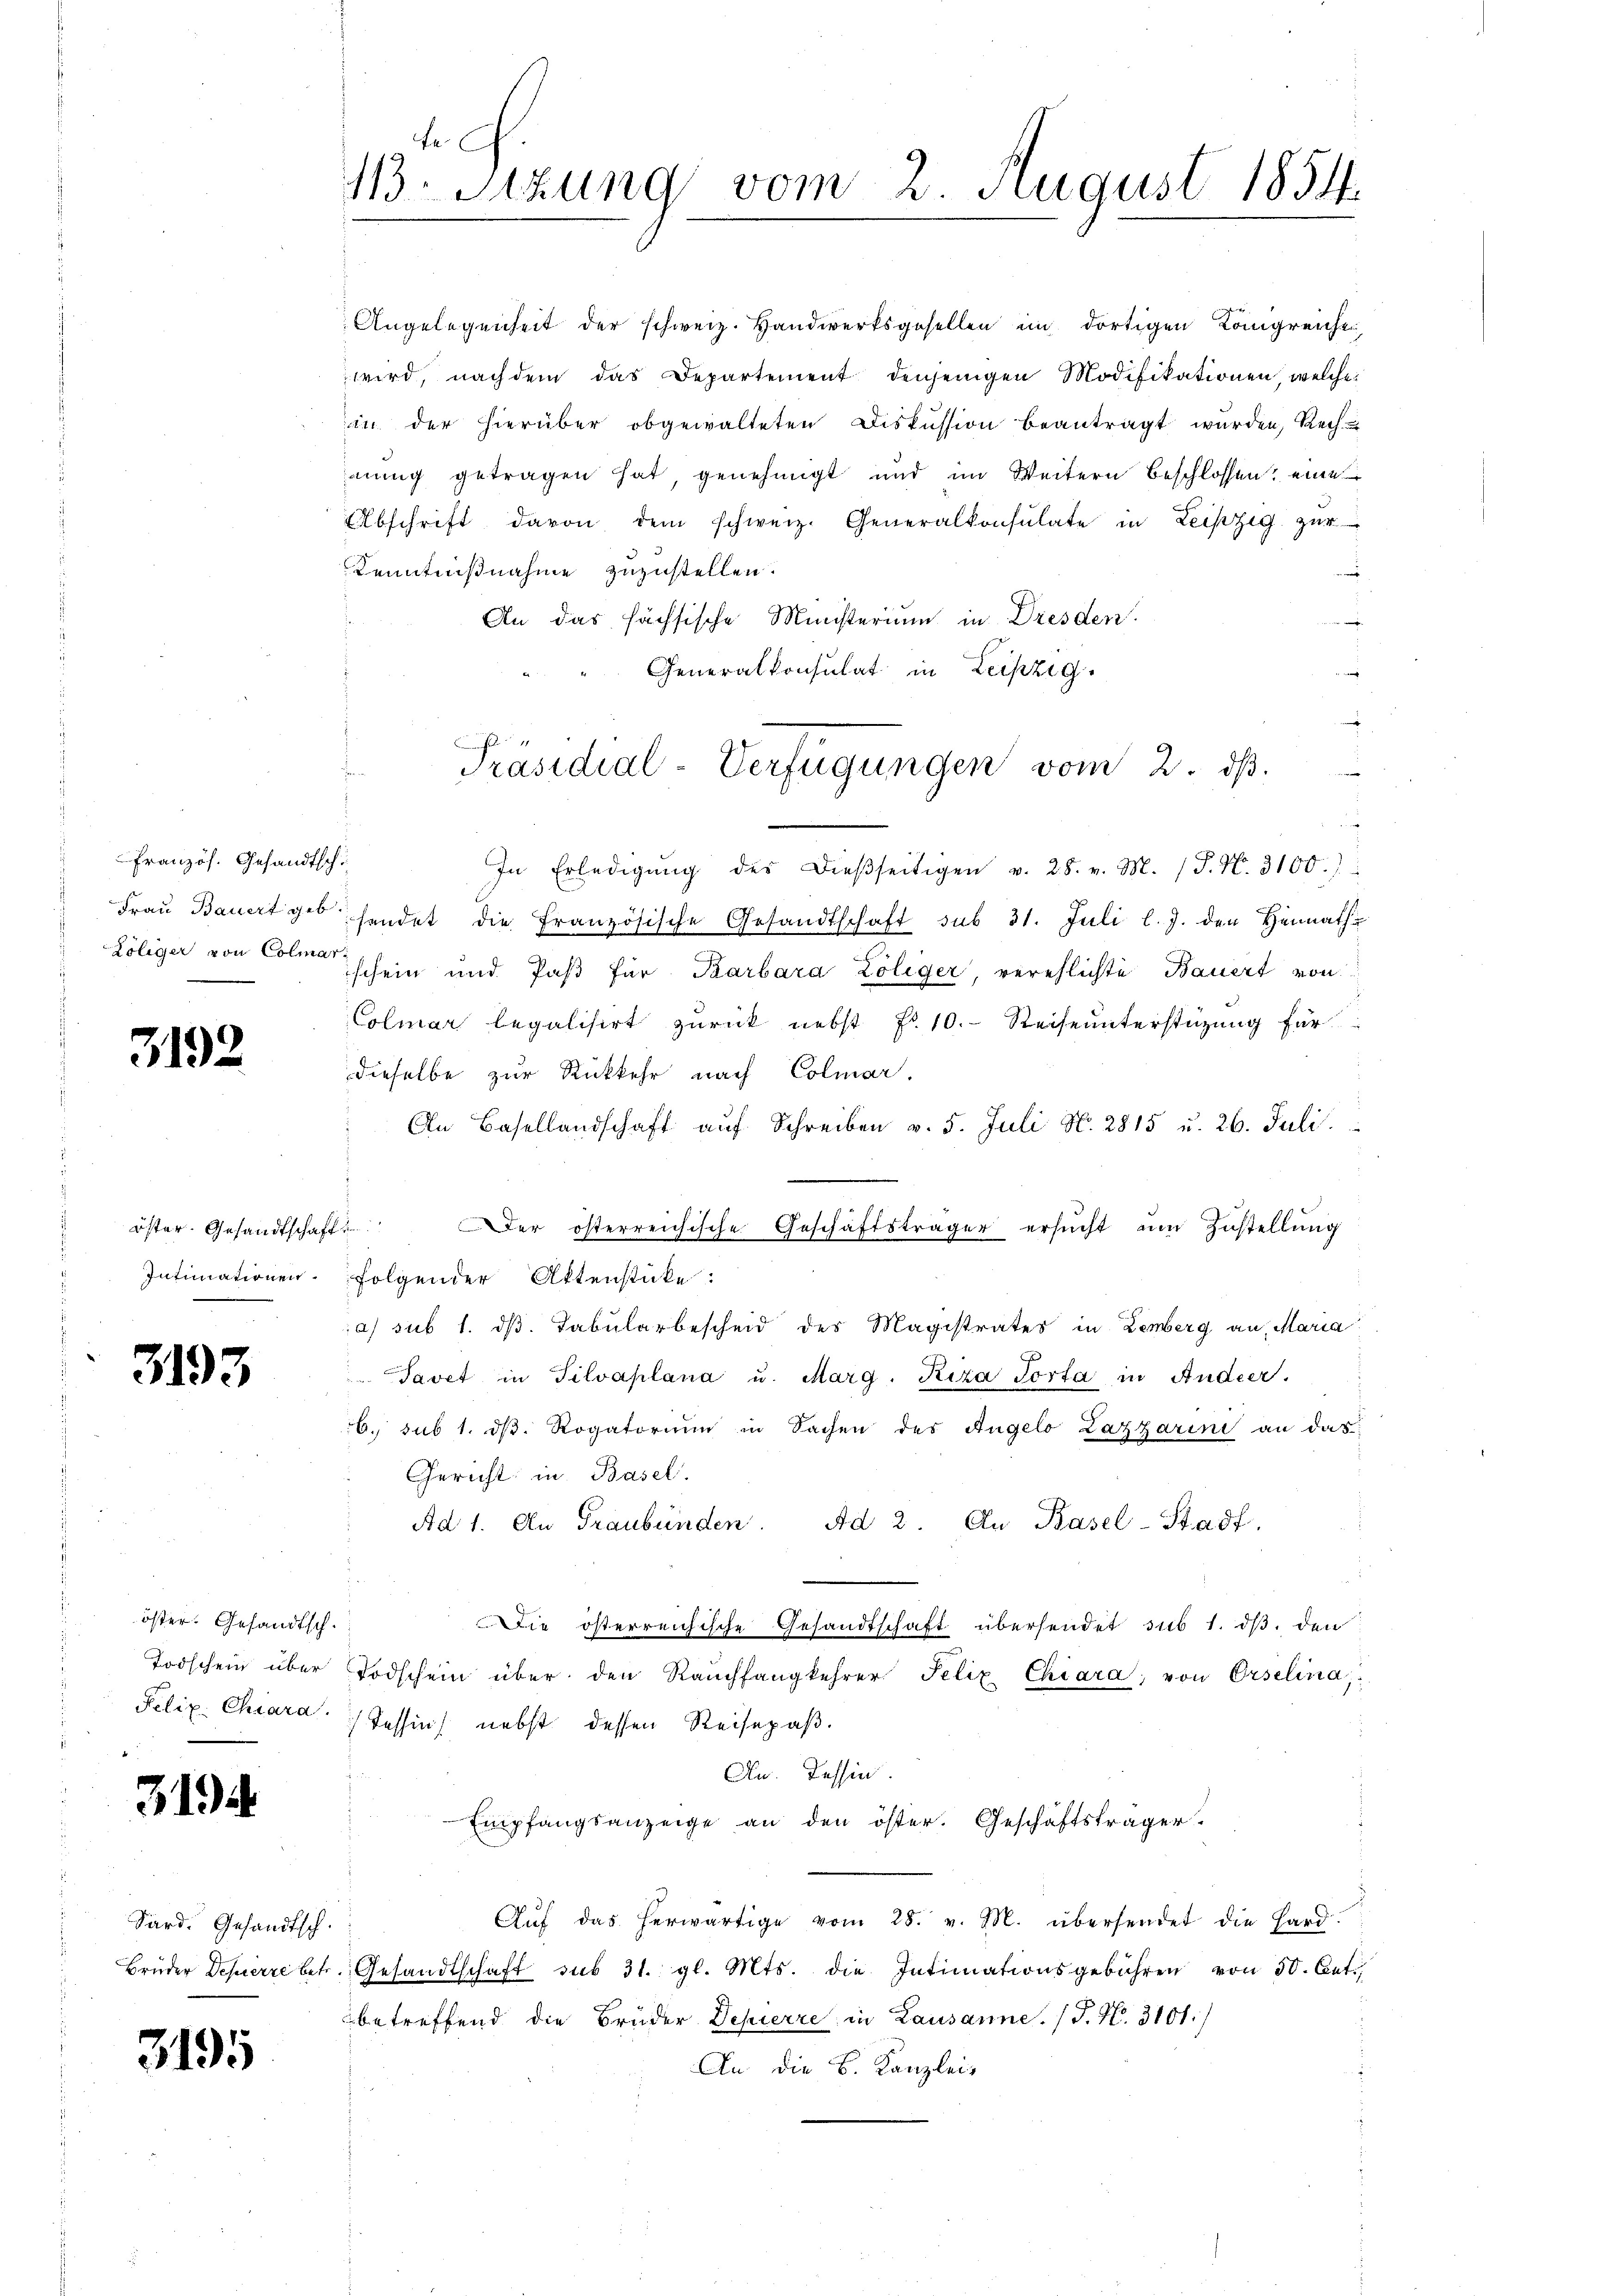
Französ. Gesandtschi

3192

öster. Gesandtschafts
Intimationen

3193

öster. Gesandtsch.

31

Sard. Gesandtsch.

3195

s
113. Sitzung vom 2. August 1854.

mung getragen hat, genehmigt und im Weitern beschlossen, eine
Abschrift davon dem schweiz. Generalkonsulate in Leipzig zŭr
Kenntnißnahme zuzustellen.

An das hächsische Ministerium in Dresden
.
e
Generalkonsulat in Leipzig.
e
In Erledigŭng des dieβseitigen v. 28. v. M. (T. N. 3100.)
Frau Bauert gehendet die Französische Gesandtschaft sub 31. Juli l. J. den Heimath
Löliger von schein und Paß für Barbara Loliger, verehlichte Bauert von
Colmar legalisirt zurück nebst Fr. 10. Reiseunterstüzung für
dieselbe zur Rückkehr nach Colmar.
An Basellandschaft auf Schreiben v. 5. Juli N. 2815 u. 26. Juli.
der österreichische Geschäftsträger ersŭcht ŭm Zŭstellŭng
folgender Aktenstücke:
a) sub 1. dß. Tabularbescheid des Magistrates in Lemberg an, Maria
Savet in Silvaplana u. Marg. Riza Porta in Andeer.
6. sub 1. dβ. Rogatorium in Sachen des Angelo Lazzarini an das
Gericht in Basel
Ad 1. An Graubünden. Ad 2. An Basel-Stadt.
Die österreichische Gesandtschaft übersendet sub 1. ds. den
Todschein über Todschein über den Raŭchfangkehrer Felix Chiara, von Orselina,
Felix Chiara) Tessin nebst dessen Reisepaß.
An. Tessin.
Empfangsanzeige an den öster. Geschäftsträger.
Aŭf das herwärtige vom 28. v. M. übersendet die Hard-
Brüder Depierre betr. Gesandtschaft sub 31. gl. Mts. die Intimationsgebühren von 50. Cet.,
betreffend die Brüder Depierre in Lausanne. (T. N. 3101/
An die B. Kanzlei-

Angelegenheit der schweiz. Handwerksgesellen im dortigen Königreiche
wird, nach dem das Departement denjenigen Modifikationen, welche
in der hierüber obgewalteten Diskussion beantragt wurden, Rech-

Präsidial-Verfügungen vom 2. ds.